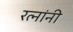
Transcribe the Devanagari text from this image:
रत्नांनी